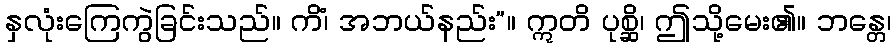
နှလုံးကြေကွဲခြင်းသည်။ ကိံ၊ အဘယ်နည်း”။ ဣတိ ပုစ္ဆိ၊ ဤသို့မေး၏။ ဘန္တေ၊